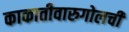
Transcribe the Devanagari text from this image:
काकातीवारुगोलची